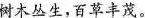
树木丛生，百草丰茂。